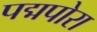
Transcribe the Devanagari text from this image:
पद्मपोरा